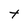
Character: t